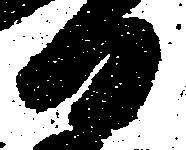
日